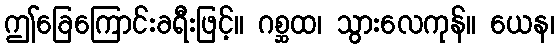
ဤခြေကြောင်းခရီးဖြင့်။ ဂစ္ဆထ၊ သွားလေကုန်။ ယေန၊